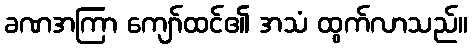
ခဏအကြာ ကျော်ထင်၏ အသံ ထွက်လာသည်။